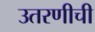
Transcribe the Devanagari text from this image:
उतरणीची